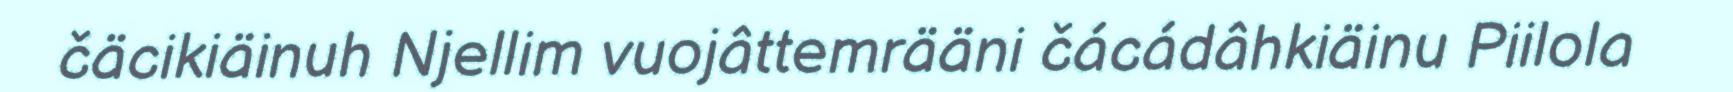
čäcikiäinuh Njellim vuojâttemrääni čácádâhkiäinu Piilola